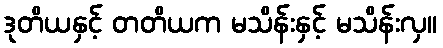
ဒုတိယနှင့် တတိယက မသိန်းနှင့် မသိန်းလှ။